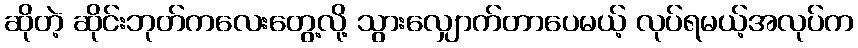
ဆိုတဲ့ ဆိုင်းဘုတ်ကလေးတွေ့လို့ သွားလျှောက်တာပေမယ့် လုပ်ရမယ့်အလုပ်က